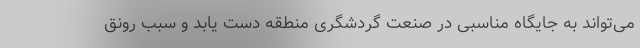
می‌تواند به جایگاه مناسبی در صنعت گردشگری منطقه دست یابد و سبب رونق